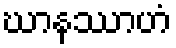
ဃာနဿာဟံ